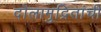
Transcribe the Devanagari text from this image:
दोलामुद्रितांची